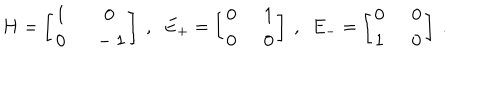
H = \left[ \begin{array} { c c } { { 1 \ } } & { { \ 0 } } \\ { { 0 \ } } & { { \ - 1 } } \\ \end{array} \right] \ , \ \ E _ { + } = \left[ \begin{array} { c c } { { 0 \ } } & { { \ 1 } } \\ { { 0 \ } } & { { \ 0 } } \\ \end{array} \right] \ , \ \ E _ { - } = \left[ \begin{array} { c c } { { 0 \ } } & { { \ 0 } } \\ { { 1 \ } } & { { \ 0 } } \\ \end{array} \right] \ .